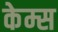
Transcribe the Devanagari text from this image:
केम्स